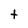
Character: t